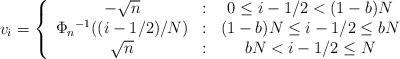
LaTeX: \begin{align*}v_{i}=\left\{ \begin{array}{ccc}-\sqrt{n} & : & 0\leq i-1/2<(1-b)N \\ \Phi _{n}{}^{-1}((i-1/2)/N) & : & (1-b)N\leq i-1/2\leq bN \\ \sqrt{n} & : & bN<i-1/2\leq N\end{array}\right. \end{align*}